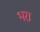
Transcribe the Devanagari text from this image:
भ्‍ारा